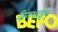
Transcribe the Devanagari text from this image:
प्रिंगशाइम